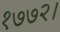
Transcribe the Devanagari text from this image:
१७७२।